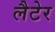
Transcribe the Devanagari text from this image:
लैटेर